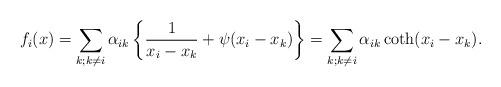
LaTeX: \begin{align*}f_i(x)=\sum_{k;k\neq i}\alpha_{ik}\left\{\frac{1}{x_i-x_k}+\psi(x_i-x_k)\right\}=\sum_{k;k\neq i}\alpha_{ik}\coth(x_i-x_k).\end{align*}